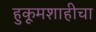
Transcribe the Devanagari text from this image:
हुकूमशाहीचा